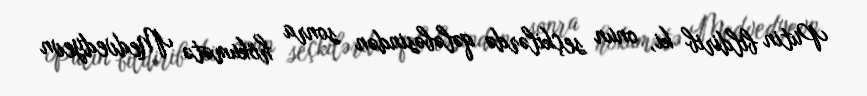
Putin bildirib ki, onun seçkilərdə qələbəsindən sonra hökumətə Medvedyevn